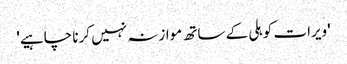
'ویرات کوہلی کے ساتھ موازنہ نہیں کرنا چاہیے'